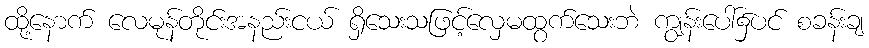
ထို့နောက် လေမုန်တိုင်းအနည်းငယ် ရှိသေးသဖြင့်လှေမထွက်သေးဘဲ ကျွန်းပေါ်၌ပင် စခန်းချ